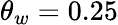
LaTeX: \theta_{w}=0.25